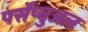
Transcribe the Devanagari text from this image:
पर्सेप्चुअल